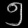
Digit: ၅